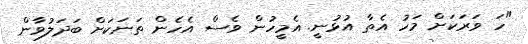
"ހަ ވަރަކަށް މަހު އެތާ އުޅުނީ. އެމީހުން ވެސް އެހެން ތަނަކަށް ބަދަލުވާން